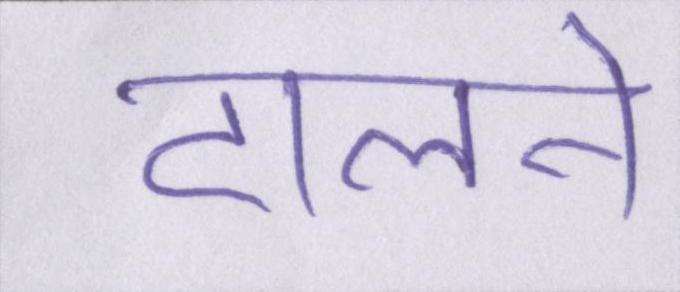
टालने